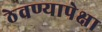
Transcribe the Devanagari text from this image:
ठेवण्यापेक्षा